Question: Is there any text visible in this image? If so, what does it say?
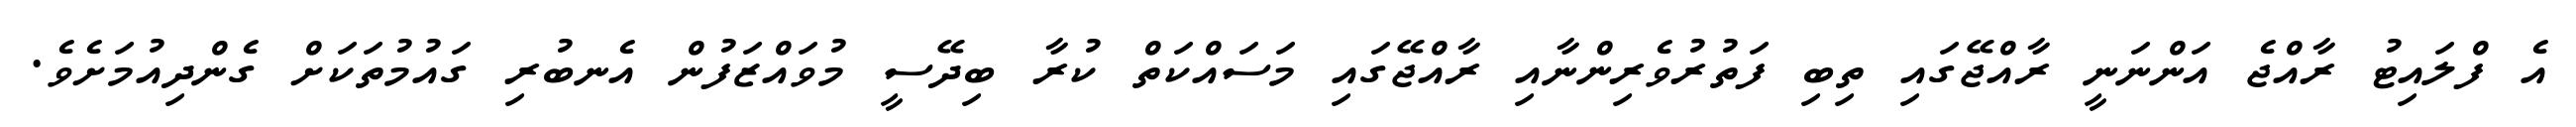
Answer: އެ ފްލައިޓު ރާއްޖެ އަންނަނީ ރާއްޖޭގައި ތިބި ފަތުރުވެރިންނާއި ރާއްޖޭގައި މަސައްކަތް ކުރާ ބިދޭސީ މުވައްޒަފުން އެނބުރި ގައުމުތަކަށް ގެންދިއުމަށެވެ.